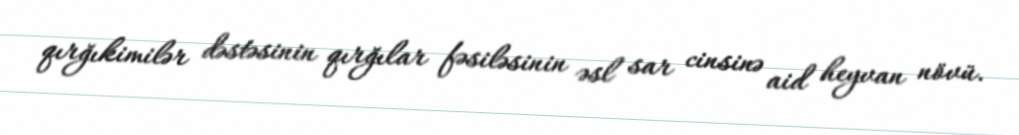
qırğıkimilər dəstəsinin qırğılar fəsiləsinin əsl sar cinsinə aid heyvan növü.